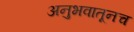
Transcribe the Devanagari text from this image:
अनुभवातूनच